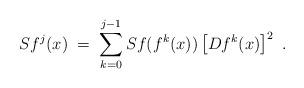
LaTeX: \begin{align*} Sf^{j}(x)\;=\; \sum_{k=0}^{j-1} Sf(f^k(x))\left[Df^k(x)\right]^2 \ . \end{align*}